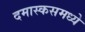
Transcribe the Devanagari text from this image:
दमास्कसमध्ये